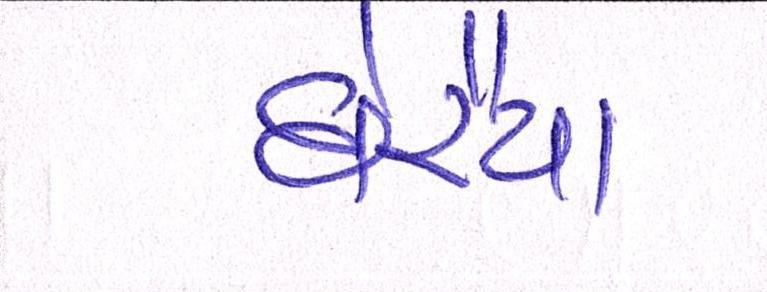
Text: ઘેરૈયા